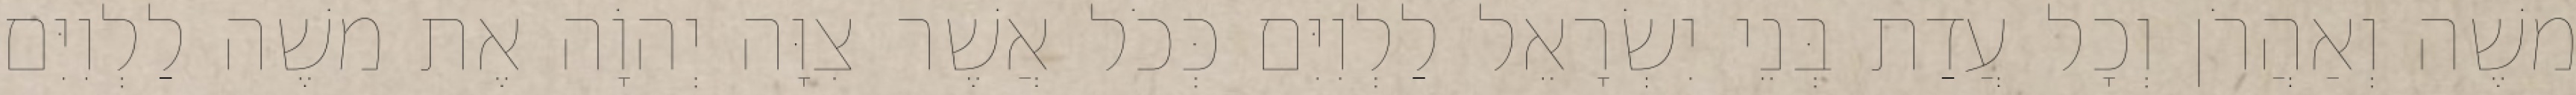
משֶׁה וְאַהֲרֹן וְכָל עֲדַת בְּנֵי יִשְׂרָאֵל לַלְוִיִּם כְּכֹל אֲשֶׁר צִוָּה יְהוָֹה אֶת משֶׁה לַלְוִיִּם